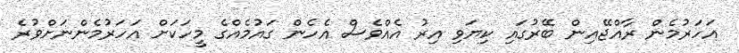
އަހަރުމެން ރާއްޖޭއިން ބޭރުގައި ކިޔަވި އިރު އެއްވެސް އެހެން ގައުމެއްގެ މީހަކަށް އަހަރުމެންނަށްވުރެ